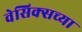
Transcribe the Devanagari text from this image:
वेसिक्सच्या